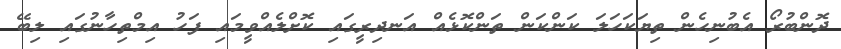
ދޮންބުރޯ އެބުނިހެން ތިޔަކަހަލަ ކަންކަން ތަންކޮޅެއް އަނދިރީގައި ކޮށްލެއްވީމައި ފަހު އިމްތިހާނުގައި ލިބޭ